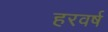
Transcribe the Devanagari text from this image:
हरवर्ष